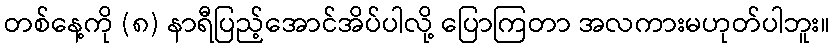
တစ်နေ့ကို (၈) နာရီပြည့်အောင်အိပ်ပါလို့ ပြောကြတာ အလကားမဟုတ်ပါဘူး။